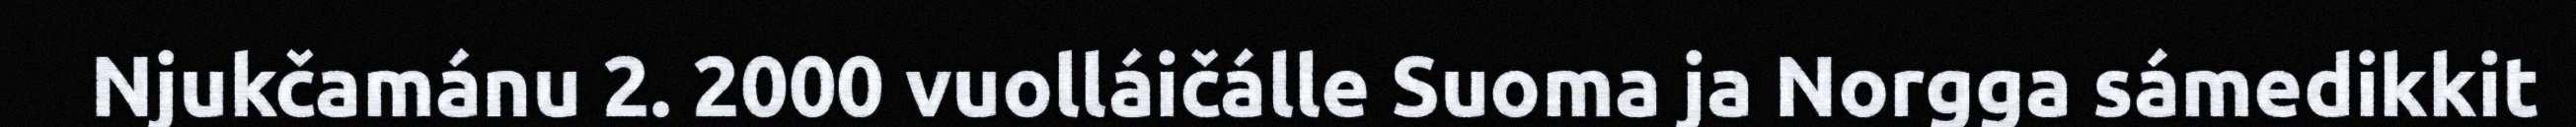
Njukčamánu 2. 2000 vuolláičálle Suoma ja Norgga sámedikkit